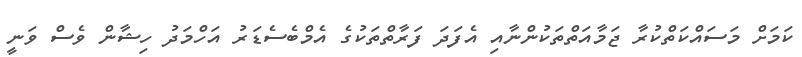
ކަމަށް މަސައްކަތްކުރާ ޖަމާއަތްތަކުންނާއި އެފަދަ ފަރާތްތަކުގެ އެމްބެސެޑަރު އަހްމަދު ހިޝާން ވެސް ވަނީ